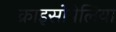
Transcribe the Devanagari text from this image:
क्राइसोपेलिया